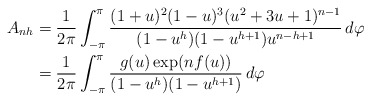
\begin{align*} A_{nh}&=\frac{1}{2\pi}\int_{-\pi}^\pi\frac{(1+u)^2(1-u)^3(u^2+3u+1)^{n-1}}{(1-u^h)(1-u^{h+1})u^{n-h+1}}\,d\varphi\\ &= \frac{1}{2\pi}\int_{-\pi}^\pi \frac{g(u)\exp(nf(u))}{(1-u^h)(1-u^{h+1})}\,d\varphi \end{align*}